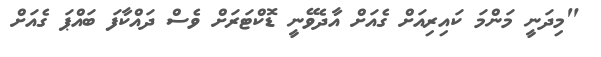
"މިދަނީ މަންމަ ކައިރިއަށް ގެއަށް އާދެވޭނީ ޑޮކްޓަރަށް ވެސް ދައްކާފަ ބައްޕަ ގެއަށް